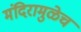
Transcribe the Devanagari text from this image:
मंदिरामुळेच